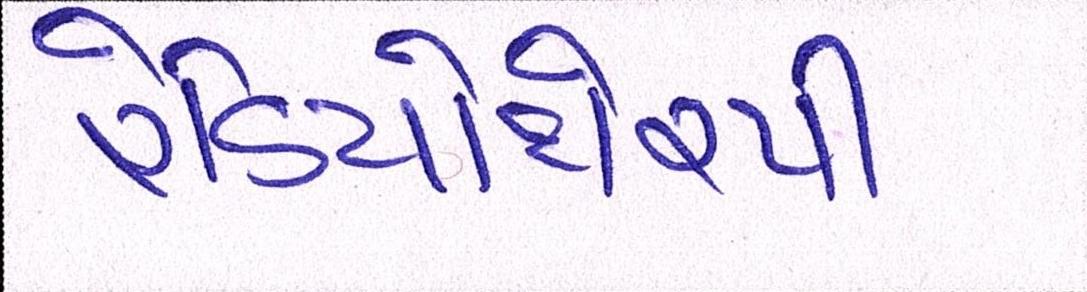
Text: રેડિયોથેરપી